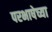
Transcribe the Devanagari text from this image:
परभाषेच्या